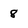
Character: 8